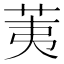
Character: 荑